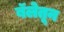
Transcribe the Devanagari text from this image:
बॅलेतून